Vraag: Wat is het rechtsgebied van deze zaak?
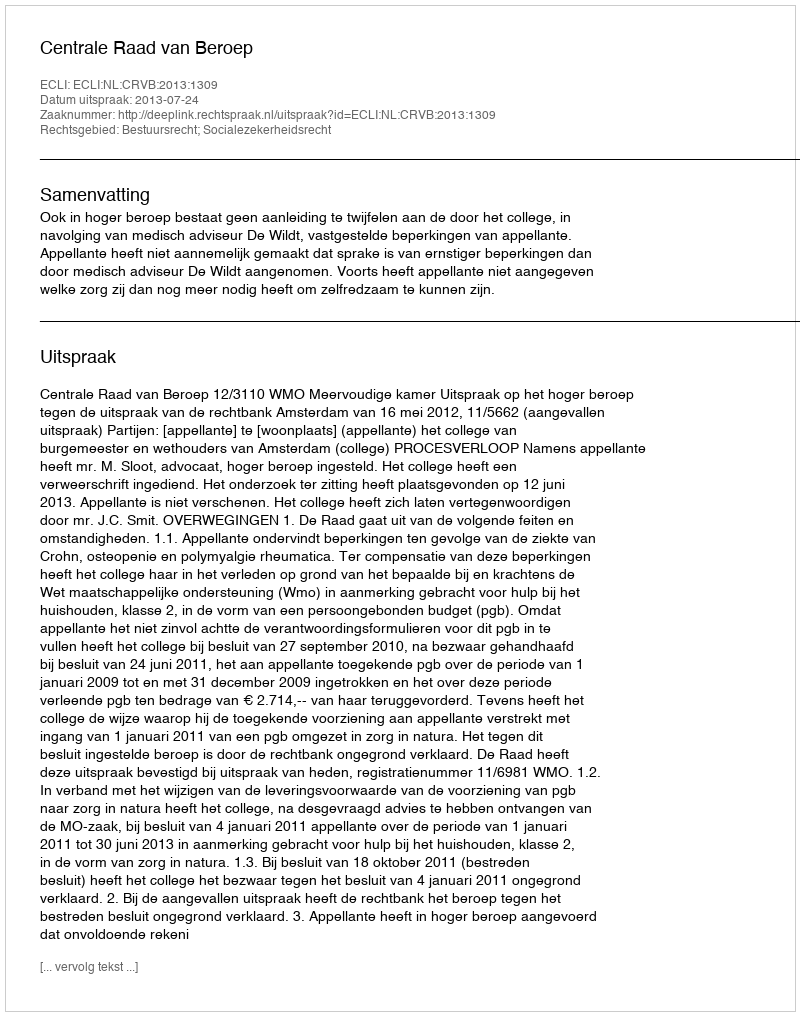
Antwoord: Bestuursrecht; Socialezekerheidsrecht